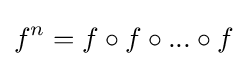
f^{n}=f\circ f\circ ...\circ f